Problem: 34 + 24 = ?
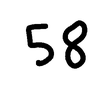
Handwritten answer: 58